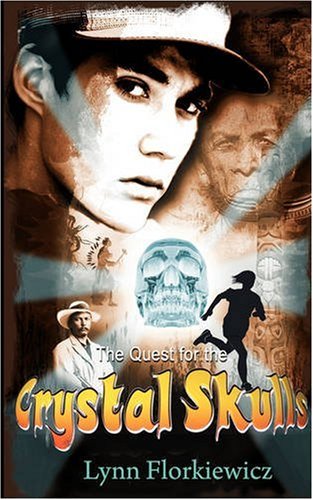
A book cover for The Quest for the Crystal Skulls; Lynn Florkiewicz; Teen & Young Adult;